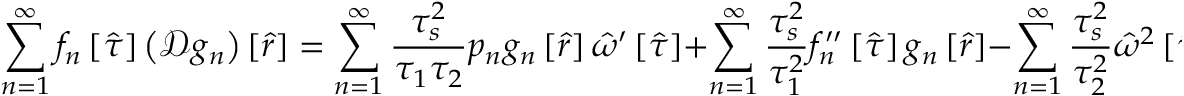
\sum _ { n = 1 } ^ { \infty } f _ { n } \left[ \hat { \tau } \right] \left( \mathcal { D } g _ { n } \right) \left[ \hat { r } \right] = \sum _ { n = 1 } ^ { \infty } \frac { \tau _ { s } ^ { 2 } } { \tau _ { 1 } \tau _ { 2 } } p _ { n } g _ { n } \left[ \hat { r } \right] \hat { \omega } ^ { \prime } \left[ \hat { \tau } \right] + \sum _ { n = 1 } ^ { \infty } \frac { \tau _ { s } ^ { 2 } } { \tau _ { 1 } ^ { 2 } } f _ { n } ^ { \prime \prime } \left[ \hat { \tau } \right] g _ { n } \left[ \hat { r } \right] - \sum _ { n = 1 } ^ { \infty } \frac { \tau _ { s } ^ { 2 } } { \tau _ { 2 } ^ { 2 } } \hat { \omega } ^ { 2 } \left[ \hat { \tau } \right] f _ { n } \left[ \hat { \tau } \right] g _ { n } \left[ \hat { r } \right] ,